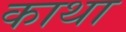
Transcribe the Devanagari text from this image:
काथा